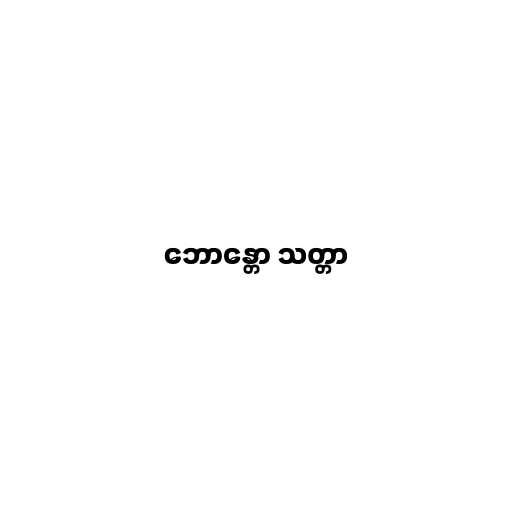
ဘောန္တော သတ္တာ